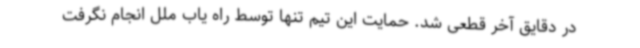
در دقایق آخر قطعی شد. حمایت این تیم تنها توسط راه یاب ملل انجام نگرفت